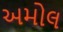
અમોલ